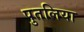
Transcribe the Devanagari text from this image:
पुतलिया